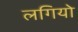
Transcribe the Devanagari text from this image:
लगियो